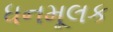
ધનમૂલક